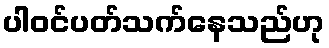
ပါဝင်ပတ်သက်နေသည်ဟု